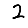
Digit: 2